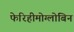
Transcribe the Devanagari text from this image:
फेरिहीमोग्लोबिन